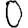
Digit: 0